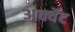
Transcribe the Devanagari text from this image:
अर्क्वेट